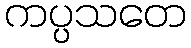
ကပ္ပသတေ